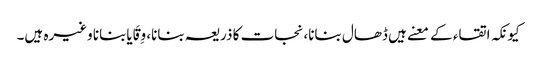
کیونکہ اتقاء کے معنے ہیں ڈھال بنانا، نجات کا ذریعہ بنانا، وِقَایابنانا وغیرہ ہیں۔